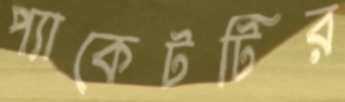
প্যাকেটটির